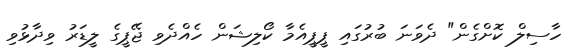
ހާސިލް ކޮށްގެން" ދެވަނަ ބުރުގައި ޕީޕީއެމާ ކޯލިޝަން ހެއްދެވި ޖޭޕީގެ ލީޑަރު ވިދާޅުވި